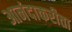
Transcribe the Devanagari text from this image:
आनंदाकरीता